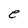
Character: e